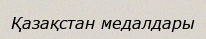
Қазақстан медалдары